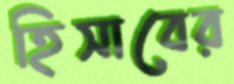
হিসাবের